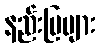
နည်းပြများ